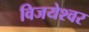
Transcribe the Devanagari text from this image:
विजयेश्वर